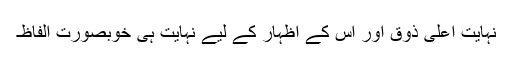
نہایت اعلیٰ ذوق اور اس کے اظہار کے لیے نہایت ہی خوبصورت الفاظ۔